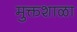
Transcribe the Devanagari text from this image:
मुक्तशाळा